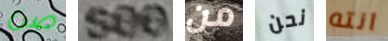
صن see من نحن انته